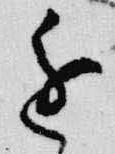
進